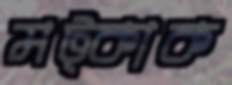
মট্‌কাক